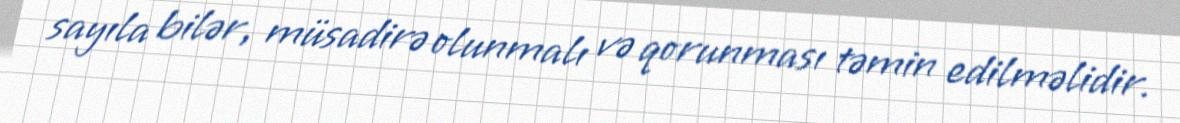
sayıla bilər, müsadirə olunmalı və qorunması təmin edilməlidir.